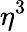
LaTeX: \eta^{3}